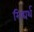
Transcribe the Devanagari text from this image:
सिद्यर्थ